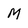
Character: M